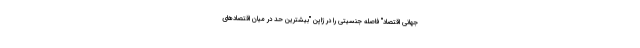
جهانی اقتصاد" فاصله جنسیتی را در ژاپن "بیشترین حد در میان اقتصادهای